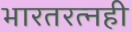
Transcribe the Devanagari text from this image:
भारतरत्नही